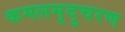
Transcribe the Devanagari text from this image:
कमलमृदुचरण